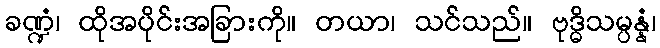
ခဏ္ဍံ၊ ထိုအပိုင်းအခြားကို။ တယာ၊ သင်သည်။ ဗုဒ္ဓိသမ္ပန္နံ၊